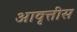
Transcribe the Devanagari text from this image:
आवृत्तीस